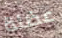
عضلة